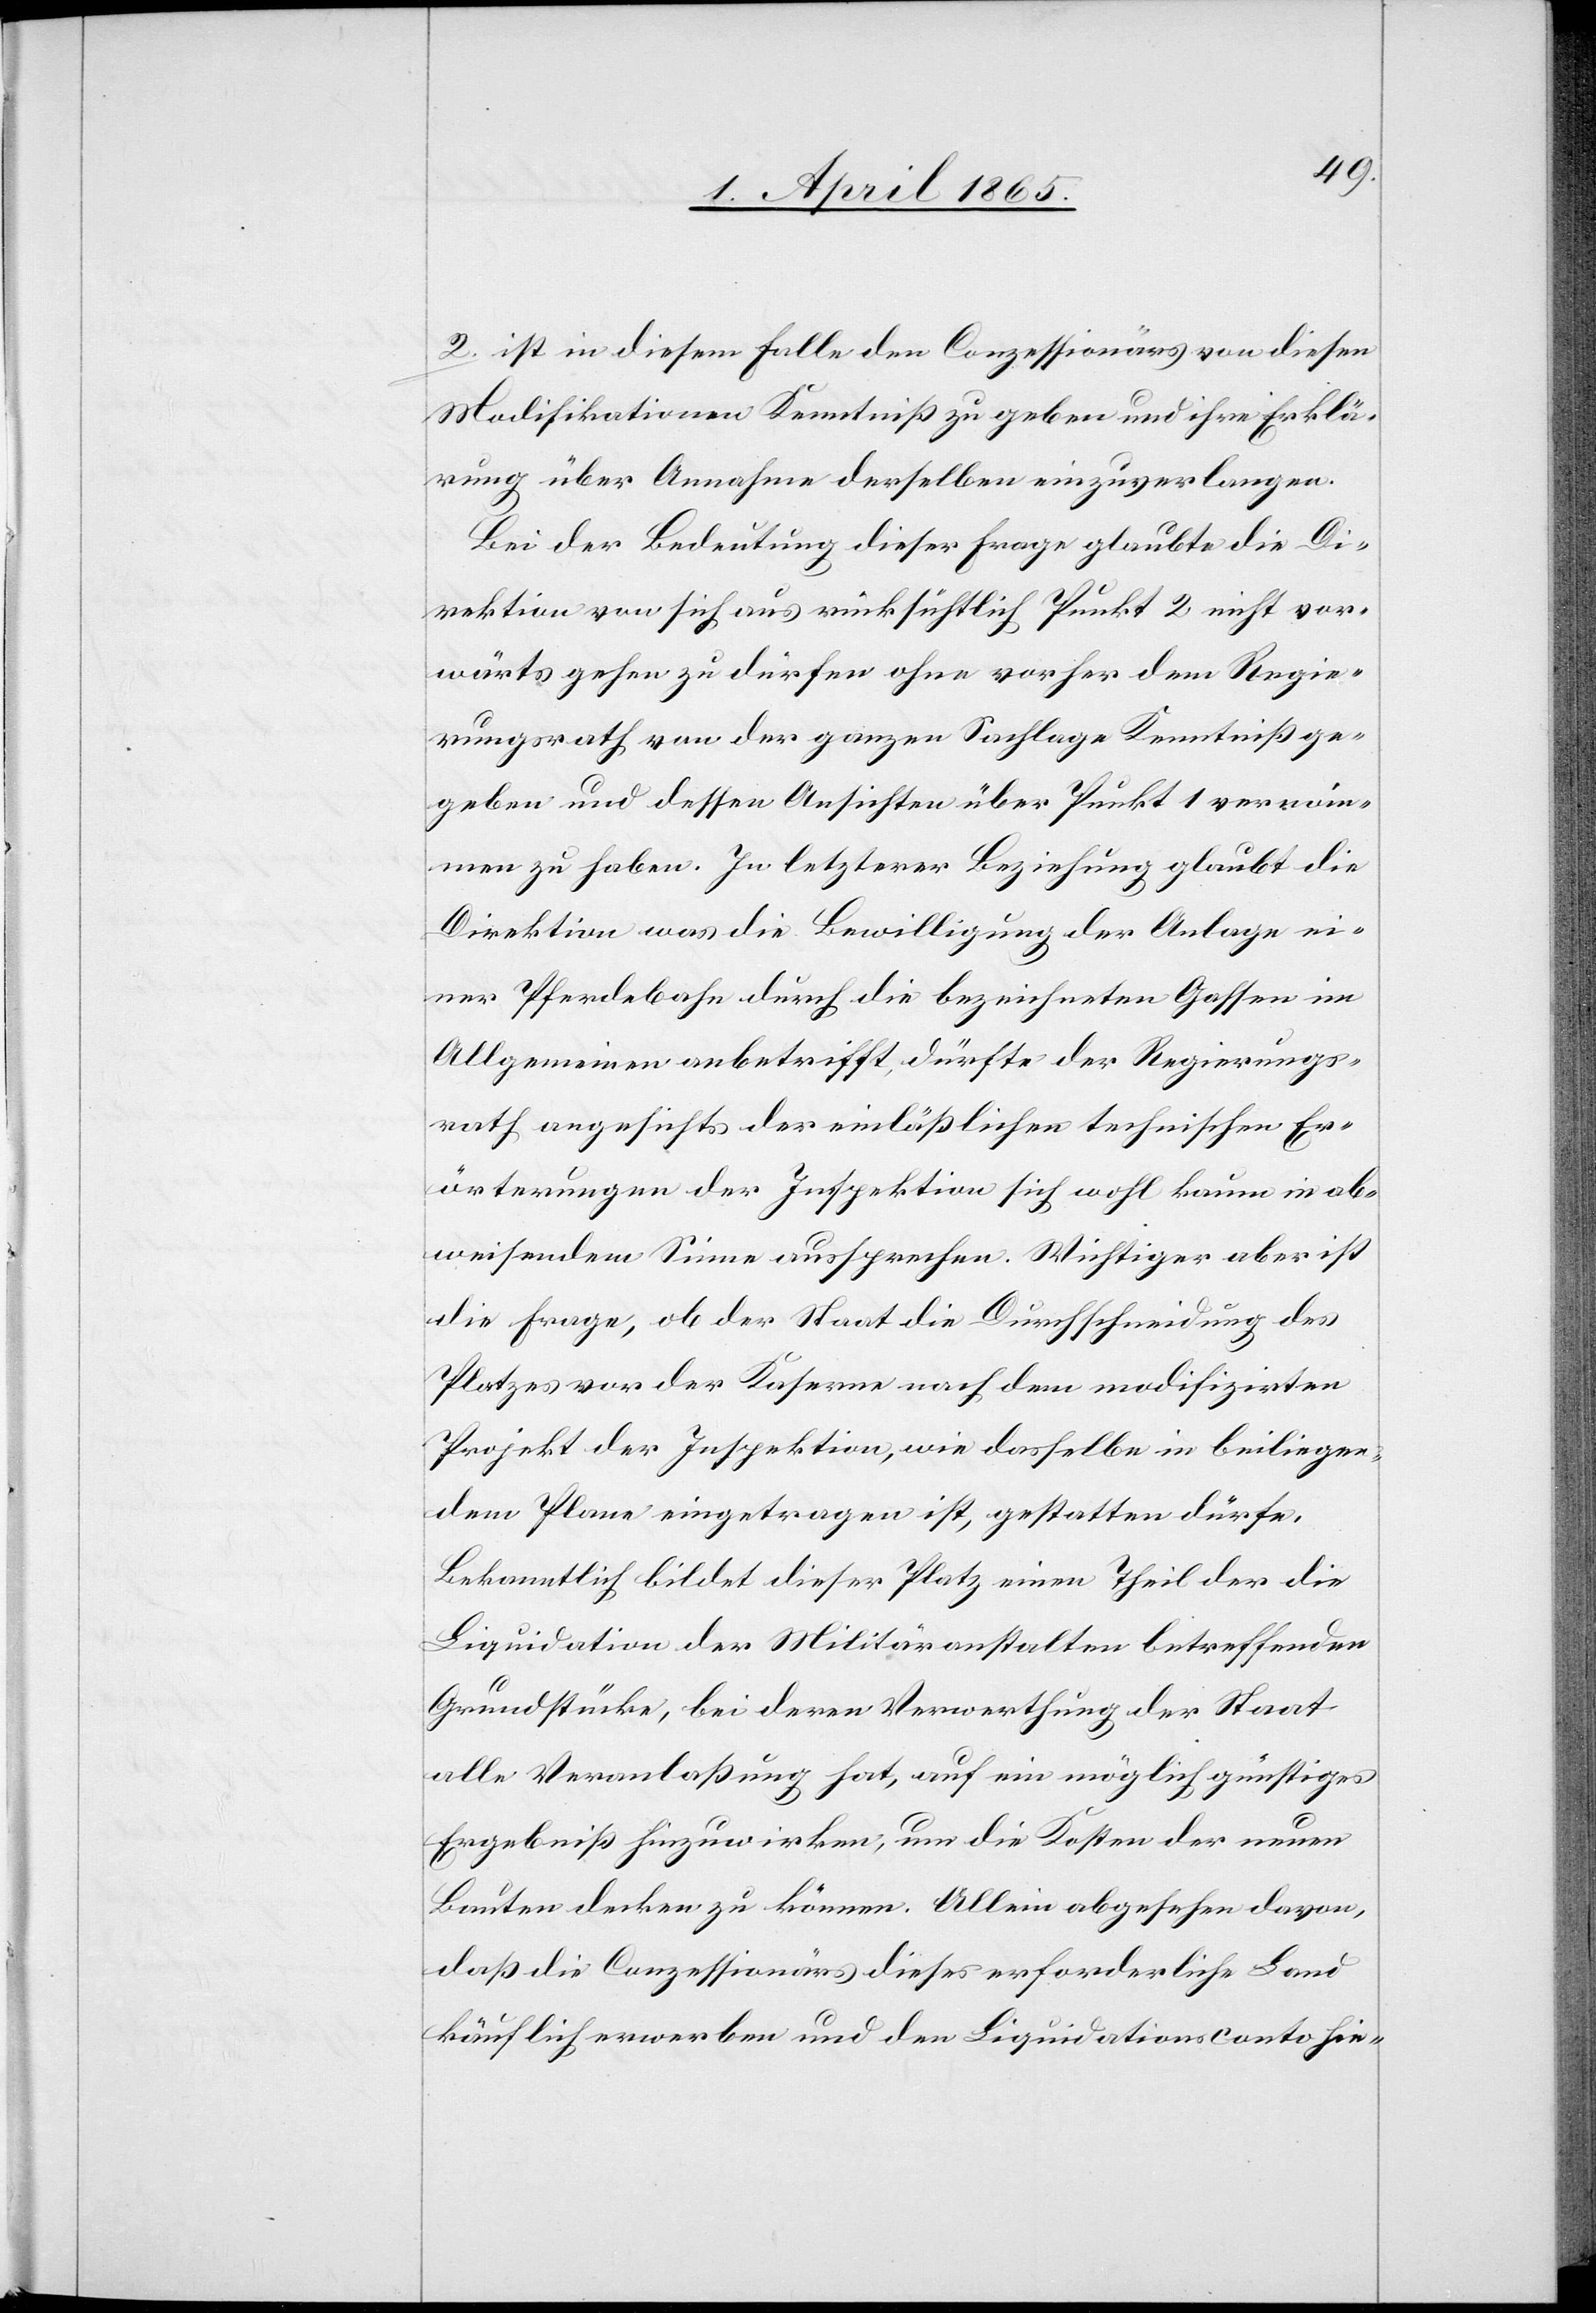
2. ist in diesem Falle den Conzessionärs von diesen
Modifikationen Kenntniß zu geben und ihre Erklä¬
rung über Annahme derselben einzuverlangen.
Bei der Bedeutung dieser Frage glaubte die Di¬
rektion von sich aus rücksichtlich Punkt 2 nicht vor¬
wärts gehen zu dürfen ohne vorher dem Regie¬
rungsrath von der ganzen Sachlage Kenntniß ge¬
geben und dessen Ansichten über Punkt 1 vernom¬
men zu haben. In letzterer Beziehung glaubt die
Direktion was die Bewilligung der Anlage ei¬
ner Pferdebahn durch die bezeichneten Gassen im
Allgemeinen anbetrifft, dürfte der Regierungs¬
rath angesichts der einläßlichen technischen Er¬
örterungen der Inspektion sich wohl kaum in ab¬
weisendem Sinne aussprechen. Wichtiger aber ist
die Frage, ob der Staat die Durchschneidung des
Platzes vor der Kaserne nach dem modifizirten
Projekt der Inspektion, wie dasselbe in beiliegen¬
dem Plane eingetragen ist, gestatten dürfe.
Bekanntlich bildet dieser Platz einen Theil der die
Liquidation der Militäranstalten betreffenden
Grundstücke, bei deren Verwerthung der Staat
alle Veranlaßung hat, auf ein möglich günstiges
Ergebniß hinzuwirken, um die Kosten der neuen
Bauten decken zu können. Allein abgesehen davon,
das die Conzessionärs dieses erforderliche Land
käuflich erwerben und den Liquidationsconto hie-